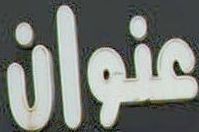
عنوان